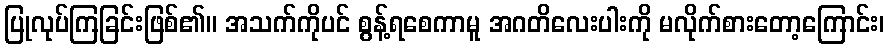
ပြုလုပ်ကြခြင်းဖြစ်၏။ အသက်ကိုပင် စွန့်ရစေကာမူ အဂတိလေးပါးကို မလိုက်စားတော့ကြောင်း၊